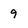
Character: 9